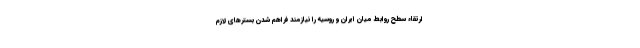
ارتقاء سطح روابط میان ایران و روسیه را نیازمند فراهم شدن بسترهای لازم